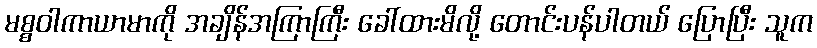
မစ္စဝါကာယာမာကို အချိန်အကြာကြီး ခေါ်ထားမိလို့ တောင်းပန်ပါတယ် ပြောပြီး သူက